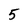
Character: 5